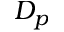
D _ { p }